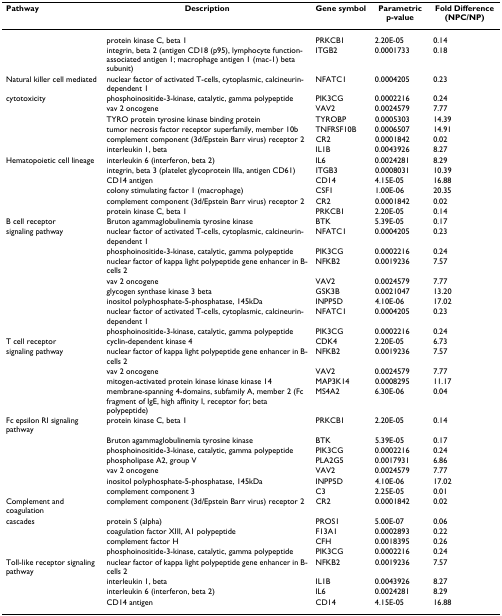
<table><thead><tr><td><b>Pathway</b></td><td><b>Description</b></td><td><b>Gene symbol</b></td><td><b>Parametric p-value</b></td><td><b>Fold Difference (NPC/NP)</b></td></tr></thead><tbody><tr><td></td><td>protein kinase C, beta 1</td><td>PRKCB1</td><td>2.20E-05</td><td>0.14</td></tr><tr><td></td><td>integrin, beta 2 (antigen CD18 (p95), lymphocyte function-associated antigen 1; macrophage antigen 1 (mac-1) beta subunit)</td><td>ITGB2</td><td>0.0001733</td><td>0.18</td></tr><tr><td>Natural killer cell mediated</td><td>nuclear factor of activated T-cells, cytoplasmic, calcineurin-dependent 1</td><td>NFATC1</td><td>0.0004205</td><td>0.23</td></tr><tr><td>cytotoxicity</td><td>phosphoinositide-3-kinase, catalytic, gamma polypeptide</td><td>PIK3CG</td><td>0.0002216</td><td>0.24</td></tr><tr><td></td><td>vav 2 oncogene</td><td>VAV2</td><td>0.0024579</td><td>7.77</td></tr><tr><td></td><td>TYRO protein tyrosine kinase binding protein</td><td>TYROBP</td><td>0.0005303</td><td>14.39</td></tr><tr><td></td><td>tumor necrosis factor receptor superfamily, member 10b</td><td>TNFRSF10B</td><td>0.0006507</td><td>14.91</td></tr><tr><td></td><td>complement component (3d/Epstein Barr virus) receptor 2</td><td>CR2</td><td>0.0001842</td><td>0.02</td></tr><tr><td></td><td>interleukin 1, beta</td><td>IL1B</td><td>0.0043926</td><td>8.27</td></tr><tr><td>Hematopoietic cell lineage</td><td>interleukin 6 (interferon, beta 2)</td><td>IL6</td><td>0.0024281</td><td>8.29</td></tr><tr><td></td><td>integrin, beta 3 (platelet glycoprotein IIIa, antigen CD61)</td><td>ITGB3</td><td>0.0008031</td><td>10.39</td></tr><tr><td></td><td>CD14 antigen</td><td>CD14</td><td>4.15E-05</td><td>16.88</td></tr><tr><td></td><td>colony stimulating factor 1 (macrophage)</td><td>CSF1</td><td>1.00E-06</td><td>20.35</td></tr><tr><td></td><td>complement component (3d/Epstein Barr virus) receptor 2</td><td>CR2</td><td>0.0001842</td><td>0.02</td></tr><tr><td></td><td>protein kinase C, beta 1</td><td>PRKCB1</td><td>2.20E-05</td><td>0.14</td></tr><tr><td>B cell receptor</td><td>Bruton agammaglobulinemia tyrosine kinase</td><td>BTK</td><td>5.39E-05</td><td>0.17</td></tr><tr><td>signaling pathway</td><td>nuclear factor of activated T-cells, cytoplasmic, calcineurin-dependent 1</td><td>NFATC1</td><td>0.0004205</td><td>0.23</td></tr><tr><td></td><td>phosphoinositide-3-kinase, catalytic, gamma polypeptide</td><td>PIK3CG</td><td>0.0002216</td><td>0.24</td></tr><tr><td></td><td>nuclear factor of kappa light polypeptide gene enhancer in B-cells 2</td><td>NFKB2</td><td>0.0019236</td><td>7.57</td></tr><tr><td></td><td>vav 2 oncogene</td><td>VAV2</td><td>0.0024579</td><td>7.77</td></tr><tr><td></td><td>glycogen synthase kinase 3 beta</td><td>GSK3B</td><td>0.0021047</td><td>13.20</td></tr><tr><td></td><td>inositol polyphosphate-5-phosphatase, 145kDa</td><td>INPP5D</td><td>4.10E-06</td><td>17.02</td></tr><tr><td></td><td>nuclear factor of activated T-cells, cytoplasmic, calcineurin-dependent 1</td><td>NFATC1</td><td>0.0004205</td><td>0.23</td></tr><tr><td></td><td>phosphoinositide-3-kinase, catalytic, gamma polypeptide</td><td>PIK3CG</td><td>0.0002216</td><td>0.24</td></tr><tr><td>T cell receptor</td><td>cyclin-dependent kinase 4</td><td>CDK4</td><td>2.20E-05</td><td>6.73</td></tr><tr><td>signaling pathway</td><td>nuclear factor of kappa light polypeptide gene enhancer in B-cells 2</td><td>NFKB2</td><td>0.0019236</td><td>7.57</td></tr><tr><td></td><td>vav 2 oncogene</td><td>VAV2</td><td>0.0024579</td><td>7.77</td></tr><tr><td></td><td>mitogen-activated protein kinase kinase kinase 14</td><td>MAP3K14</td><td>0.0008295</td><td>11.17</td></tr><tr><td></td><td>membrane-spanning 4-domains, subfamily A, member 2 (Fc fragment of IgE, high affinity I, receptor for; beta polypeptide)</td><td>MS4A2</td><td>6.30E-06</td><td>0.04</td></tr><tr><td>Fc epsilon RI signaling pathway</td><td>protein kinase C, beta 1</td><td>PRKCB1</td><td>2.20E-05</td><td>0.14</td></tr><tr><td></td><td>Bruton agammaglobulinemia tyrosine kinase</td><td>BTK</td><td>5.39E-05</td><td>0.17</td></tr><tr><td></td><td>phosphoinositide-3-kinase, catalytic, gamma polypeptide</td><td>PIK3CG</td><td>0.0002216</td><td>0.24</td></tr><tr><td></td><td>phospholipase A2, group V</td><td>PLA2G5</td><td>0.0017931</td><td>6.86</td></tr><tr><td></td><td>vav 2 oncogene</td><td>VAV2</td><td>0.0024579</td><td>7.77</td></tr><tr><td></td><td>inositol polyphosphate-5-phosphatase, 145kDa</td><td>INPP5D</td><td>4.10E-06</td><td>17.02</td></tr><tr><td></td><td>complement component 3</td><td>C3</td><td>2.25E-05</td><td>0.01</td></tr><tr><td>Complement and coagulation</td><td>complement component (3d/Epstein Barr virus) receptor 2</td><td>CR2</td><td>0.0001842</td><td>0.02</td></tr><tr><td>cascades</td><td>protein S (alpha)</td><td>PROS1</td><td>5.00E-07</td><td>0.06</td></tr><tr><td></td><td>coagulation factor XIII, A1 polypeptide</td><td>F13A1</td><td>0.0002893</td><td>0.22</td></tr><tr><td></td><td>complement factor H</td><td>CFH</td><td>0.0018395</td><td>0.26</td></tr><tr><td></td><td>phosphoinositide-3-kinase, catalytic, gamma polypeptide</td><td>PIK3CG</td><td>0.0002216</td><td>0.24</td></tr><tr><td>Toll-like receptor signaling pathway</td><td>nuclear factor of kappa light polypeptide gene enhancer in B-cells 2</td><td>NFKB2</td><td>0.0019236</td><td>7.57</td></tr><tr><td></td><td>interleukin 1, beta</td><td>IL1B</td><td>0.0043926</td><td>8.27</td></tr><tr><td></td><td>interleukin 6 (interferon, beta 2)</td><td>IL6</td><td>0.0024281</td><td>8.29</td></tr><tr><td></td><td>CD14 antigen</td><td>CD14</td><td>4.15E-05</td><td>16.88</td></tr></tbody></table>